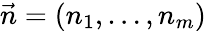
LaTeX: \vec{n}=(n_{1},\dots,n_{m})